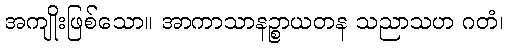
အကျိုးဖြစ်သော။ အာကာသာနဉ္စာယတန သညာသဟ ဂတံ၊